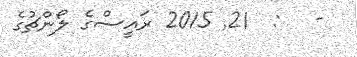
-   :  21